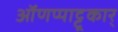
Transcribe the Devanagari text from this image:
ऑणप्पाट्टू़कार्